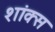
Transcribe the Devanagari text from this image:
शांक्स